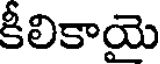
కీలికాయె